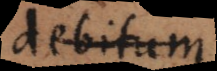
debitum